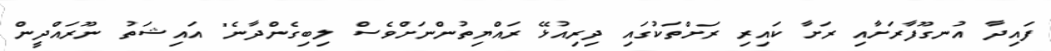
ފައިދާ އުނގޫފާރަށާއި ރަށާ ކައިރި ރަށްތަކުގައި ދިރިއުޅޭ ރައްޔިތުންނަށްވެސް ލިބިގެންދާނެ" އައިޝަތު ނޫރައްދީން